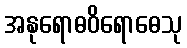
အနုရောဓဝိရောဓေသု